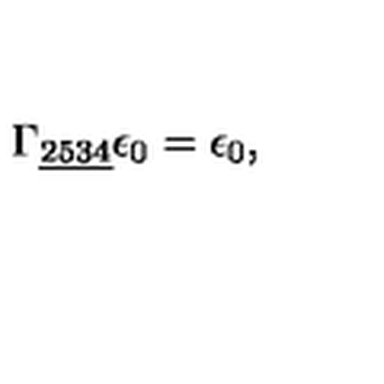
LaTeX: \Gamma _ { \underline { { 2 5 3 4 } } } \epsilon _ { 0 } = \epsilon _ { 0 } , \qquad